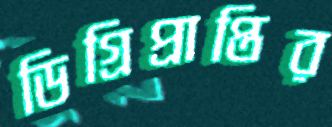
ডিগ্রিপ্রাপ্তির